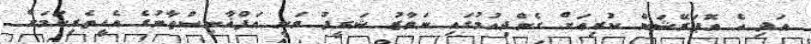
އަދި އެ އޮޕަރޭޝަން ކުރިއަށް ގެންދިއުމުގައި ނަވާޒު ޝަރީފު ވަނީ އަފްޣާނިސްތާނުގެ އެހީތެރިކަމަށް